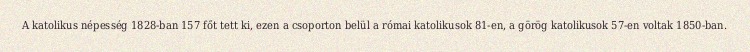
A katolikus népesség 1828-ban 157 főt tett ki, ezen a csoporton belül a római katolikusok 81-en, a görög katolikusok 57-en voltak 1850-ban.